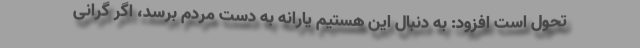
تحول است افزود: به دنبال این هستیم یارانه به دست مردم برسد، اگر گرانی